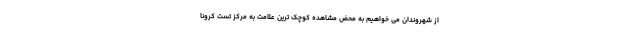
از شهروندان می خواهیم به محض مشاهده کوچک ترین علامت به مرکز تست کرونا